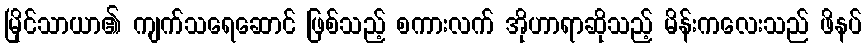
မြိုင်သာယာ၏ ကျက်သရေဆောင် ဖြစ်သည့် စကားလက် အိုဟာရာဆိုသည့် မိန်းကလေးသည် ဖိနပ်